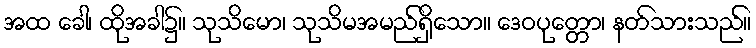
အထ ခေါ၊ ထိုအခါ၌။ သုသိမော၊ သုသိမအမည်ရှိသော။ ဒေဝပုတ္တော၊ နတ်သားသည်။